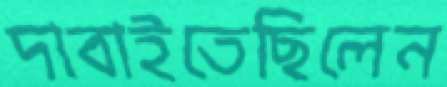
দাবাইতেছিলেন